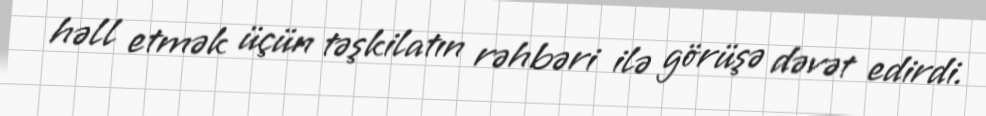
həll etmək üçün təşkilatın rəhbəri ilə görüşə dəvət edirdi.